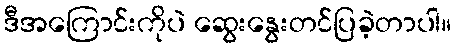
ဒီအကြောင်းကိုပဲ ဆွေးနွေးတင်ပြခဲ့တာပါ။